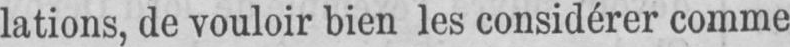
lations, de vouloir bien les considérer comme